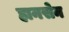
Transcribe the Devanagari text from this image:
हानसेन